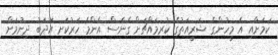
ކަމަށާއި އެ މީހުންގެ ޝަރީއަތުގެ ކުރިމައްޗަށް ގެނެސް އެންމެ ހަރުކަށި އަދަބު ދިނުމަށް